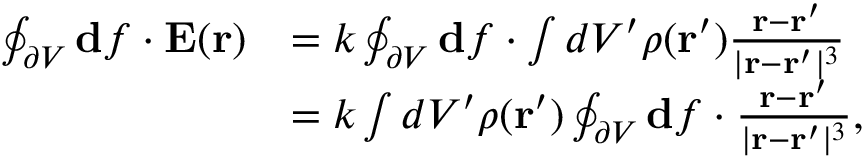
\begin{array} { r l } { \oint _ { \partial V } \mathbf { d } f \cdot \mathbf { E } ( \mathbf { r } ) } & { = k \oint _ { \partial V } \mathbf { d } f \cdot \int d V ^ { \prime } \rho ( \mathbf { r } ^ { \prime } ) \frac { \mathbf { r } - \mathbf { r } ^ { \prime } } { | \mathbf { r } - \mathbf { r } ^ { \prime } | ^ { 3 } } } \\ & { = k \int d V ^ { \prime } \rho ( \mathbf { r } ^ { \prime } ) \oint _ { \partial V } \mathbf { d } f \cdot \frac { \mathbf { r } - \mathbf { r } ^ { \prime } } { | \mathbf { r } - \mathbf { r } ^ { \prime } | ^ { 3 } } , } \end{array}